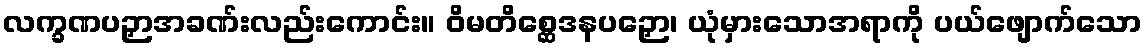
လက္ခဏပဉှာအခဏ်းလည်းကောင်း။ ဝိမတိစ္ဆေဒနပဉှော၊ ယုံမှားသောအရာကို ပယ်ဖျောက်သော